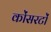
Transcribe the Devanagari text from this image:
कोंसरटों